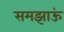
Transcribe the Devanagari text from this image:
समझाऊं